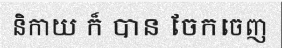
និកាយ ក៏ បាន ចែកចេញ